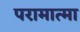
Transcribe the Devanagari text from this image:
परामात्मा